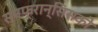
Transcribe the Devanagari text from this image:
सनफ्रान्सिसको